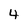
Character: 4